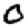
Digit: 0